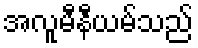
အလူမီနီယမ်သည်